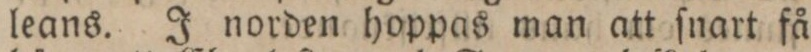
leans. J norden hoppas man att ſnart få